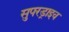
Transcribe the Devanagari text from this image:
सुपरड्राइव